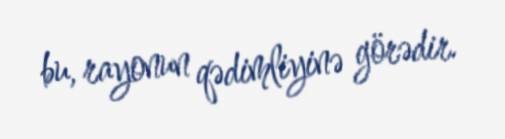
bu, rayonun qədimliyinə görədir.